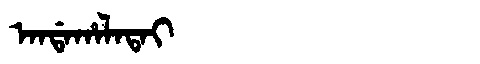
Manchu: ᠠᠨᡩᠠᡥᠠᠯᠠᡨᠠᡳ
Romanization: ANDAHALATAI